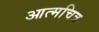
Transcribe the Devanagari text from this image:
आत्मचित्र